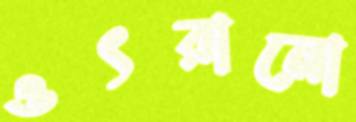
ওৎরানো